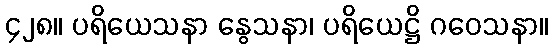
၄၂၈။ ပရိယေသနာ နွေသနာ၊ ပရိယေဋ္ဌိ ဂဝေသနာ။